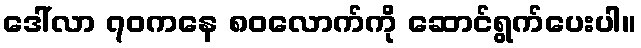
ဒေါ်လာ ၇၀ကနေ ၈၀လောက်ကို ဆောင်ရွက်ပေးပါ။